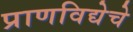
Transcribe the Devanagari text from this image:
प्राणविद्येचे